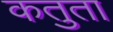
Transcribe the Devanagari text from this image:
कतुता